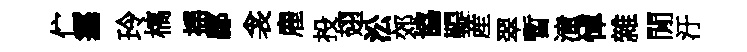
伫塞玲槁揺郿衾雇投翅㳂郊協鞮産翠暫潼悼雜閒汙